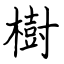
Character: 樹